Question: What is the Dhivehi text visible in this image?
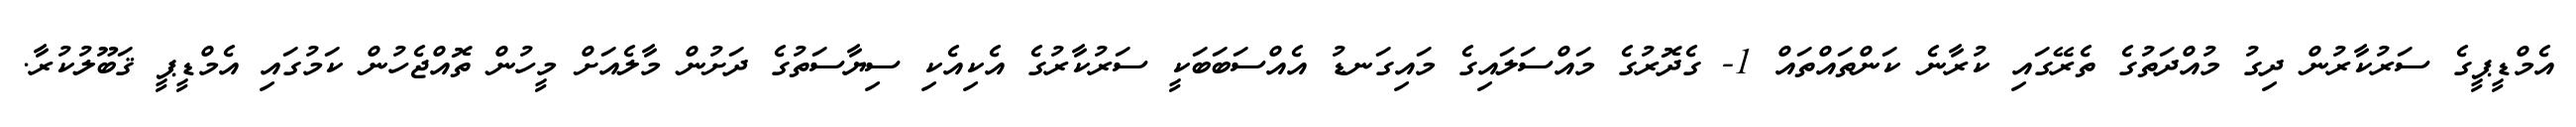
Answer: އެމްޑީޕީގެ ސަރުކާރުން ދިގު މުއްދަތުގެ ތެރޭގައި ކުރާނެ ކަންތައްތައް 1- ގެދޮރުގެ މައްސަލައިގެ މައިގަނޑު އެއްސަބަބަކީ ސަރުކާރުގެ އެކިއެކި ސިޔާސަތުގެ ދަށުން މާލެއަށް މީހުން ތޮއްޖެހުން ކަމުގައި އެމްޑީޕީ ޤަބޫލުކުރާ.